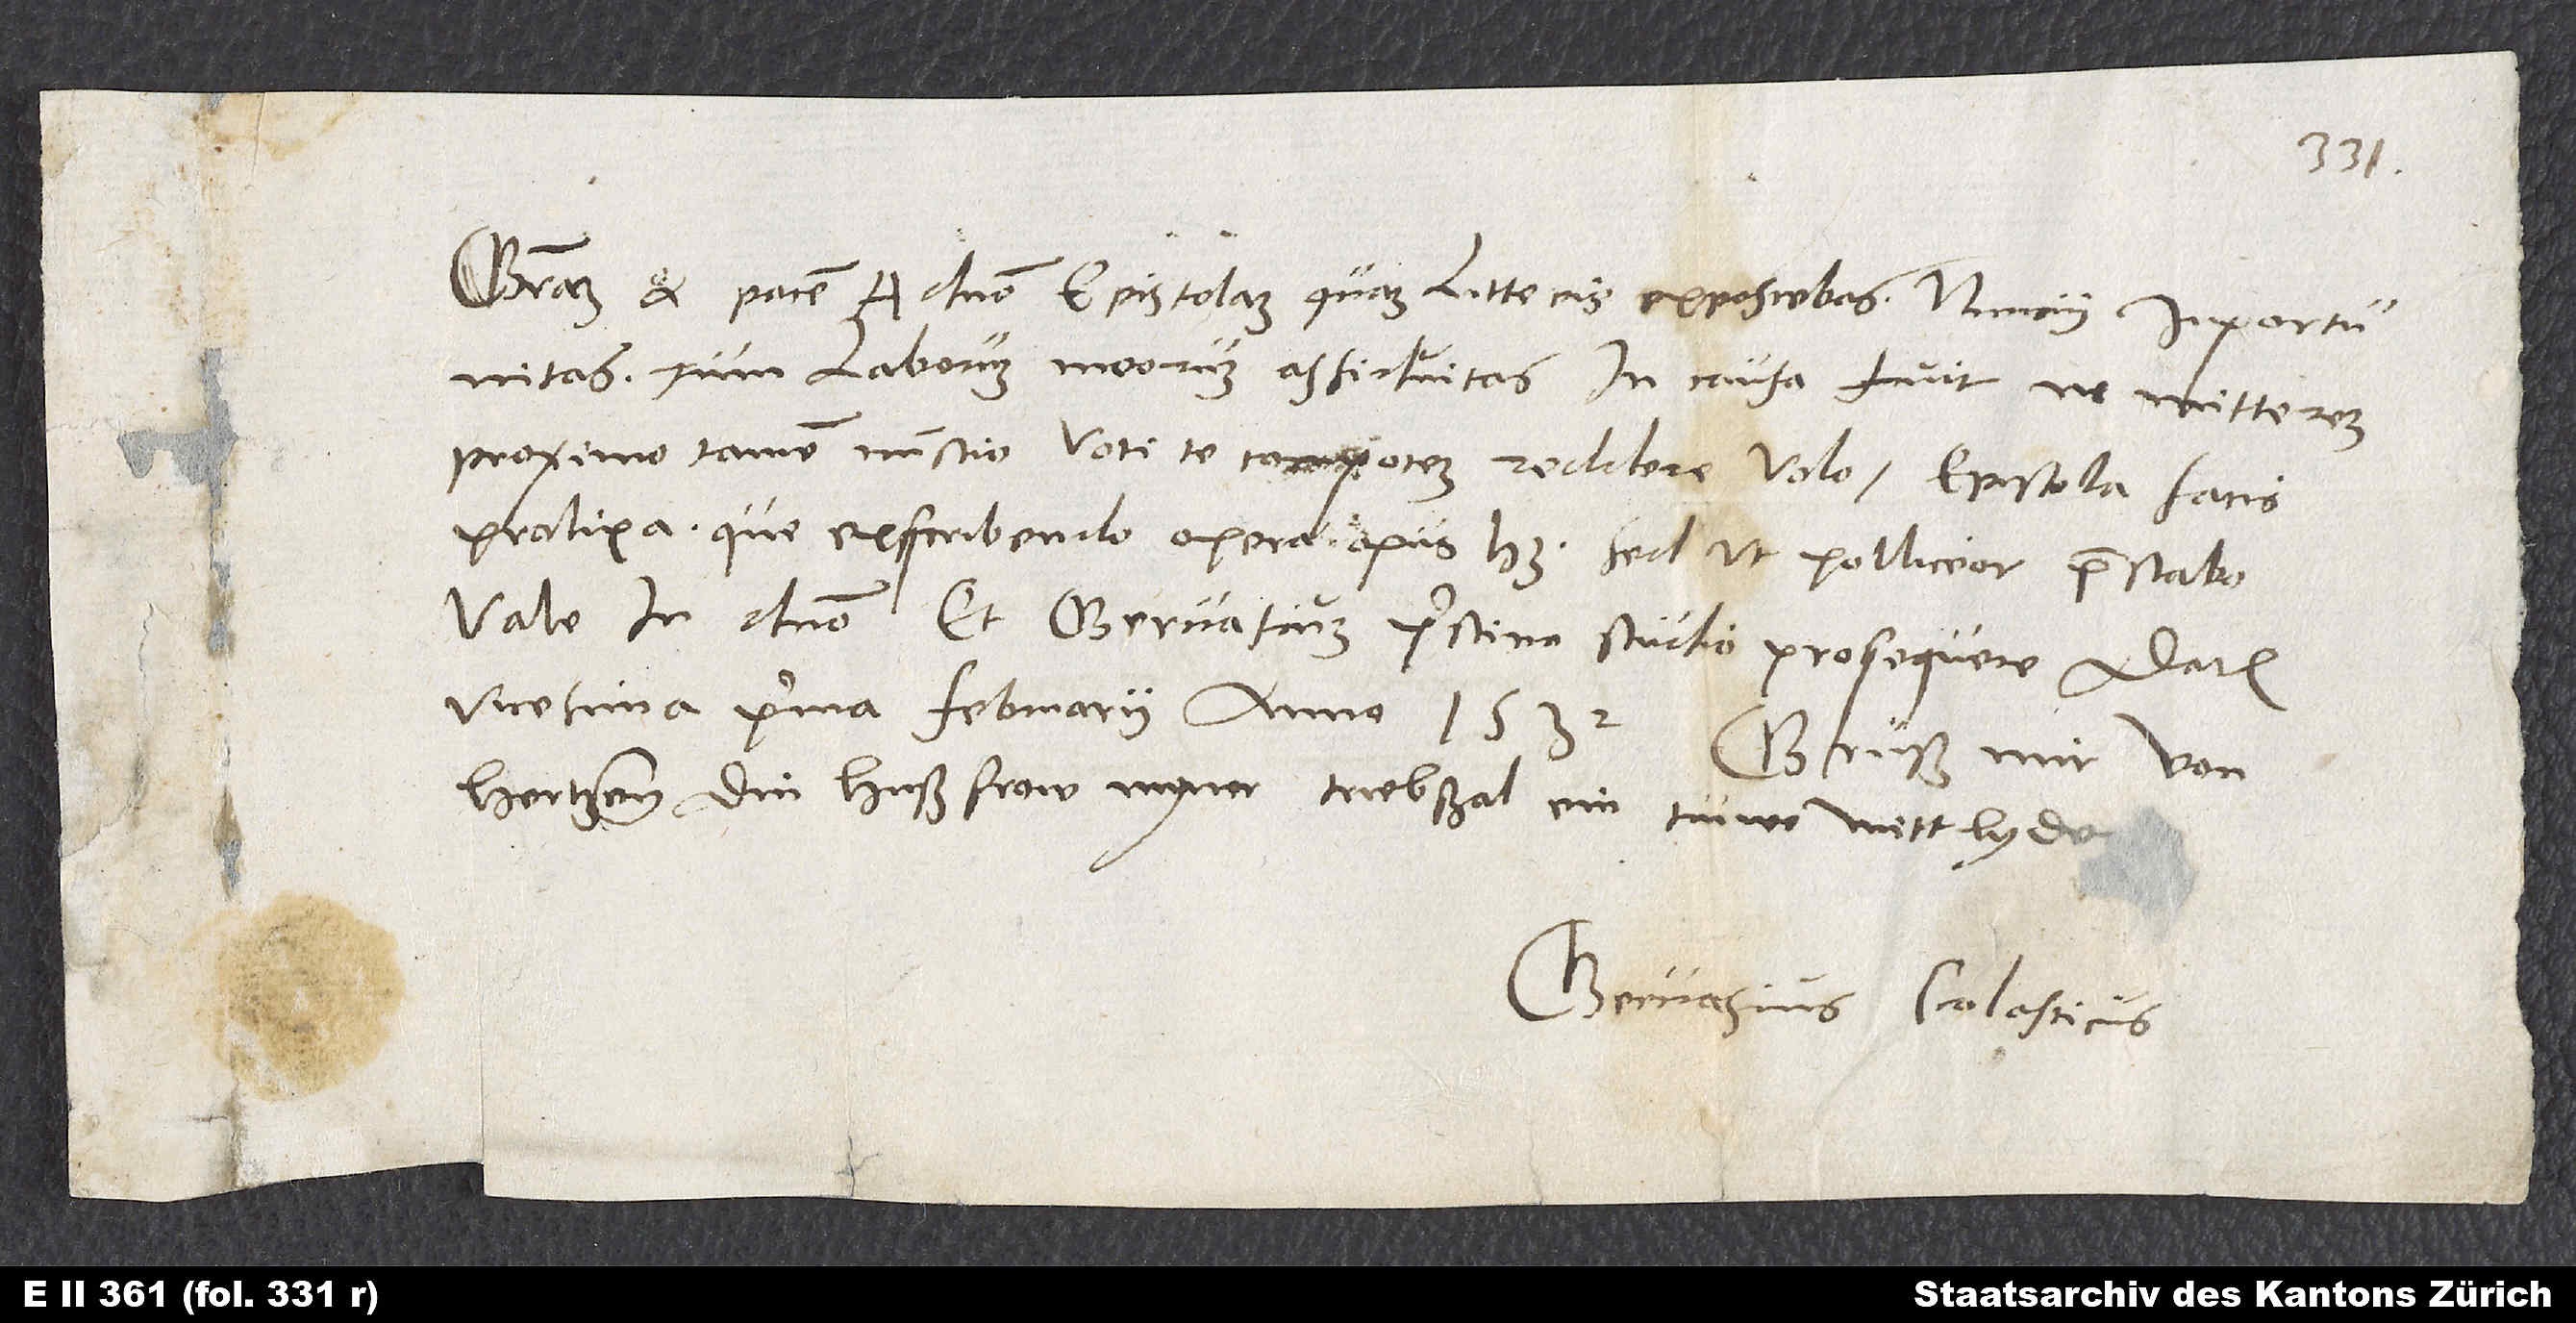
Gratiam et pacem a domino. Epistolam, quam litteris exposcebas, nuncii inportunitas,
tum laborum meorum assiduitas in causa fuit ne mitterem.
Proximo tamen nunctio voti te compotem reddere volo epistola satis
prolixa, que exscribendo opera opus habet. Sed ut polliceor, praestabo.
Vale in domino et Gervasium pristino studio prosequere. Datum
vicesima prima februarii anno 1532. Grüß mir von
hertzen din hußfrow, myner triebßal ein trüwe mittlyde.
Gervasius Scolasticus.